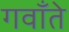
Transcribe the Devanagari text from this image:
गवाँते